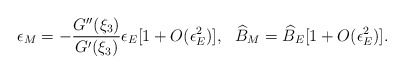
\begin{align*}\epsilon_M = -\frac{G''(\xi_3) }{ G'(\xi_3)} \epsilon_E [1+O(\epsilon_E^2)], \ \ \widehat{B}_M = \widehat{B}_E [1+ O(\epsilon_E^2)].\end{align*}